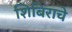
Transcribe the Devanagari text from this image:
शिबिराचे